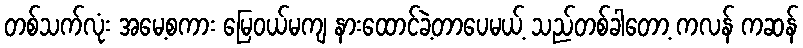
တစ်သက်လုံး အမေ့စကား မြေဝယ်မကျ နားထောင်ခဲ့တာပေမယ့် သည်တစ်ခါတော့ ကလန် ကဆန်